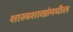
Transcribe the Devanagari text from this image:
शास्त्रशाखांमधील